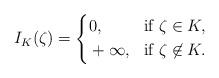
LaTeX: \begin{align*}I_K(\zeta) = \left\{\begin{aligned}&0,&&\mbox{if}\ \zeta\in K,\\&+\infty,&&\mbox{if}\ \zeta\not\in K.\end{aligned}\right.\end{align*}